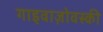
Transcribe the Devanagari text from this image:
गाइवाज़ोवस्की